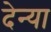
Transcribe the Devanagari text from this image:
देन्या